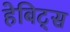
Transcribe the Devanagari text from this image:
हेबिट्स